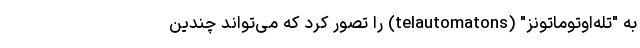
به "تله‌اوتوماتونز" (telautomatons) را تصور کرد که می‌تواند چندین